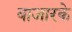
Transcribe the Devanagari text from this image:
बाजारके